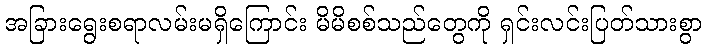
အခြားရွေးစရာလမ်းမရှိကြောင်း မိမိစစ်သည်တွေကို ရှင်းလင်းပြတ်သားစွာ